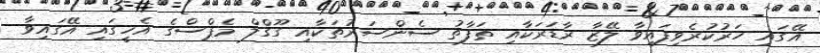
އޭގައި ހަރުކުރެވިފައިވާ ލޭޒާ ރާޑަރަކާއި ތަފާތު ސެންސަރުތަކާއި ގޫގްލް މެޕްސްގެ އެހީގައި އޭގައިވާ